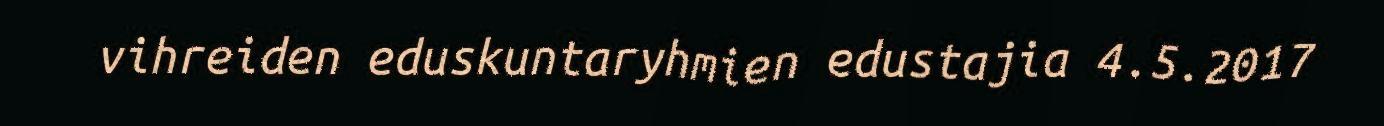
vihreiden eduskuntaryhmien edustajia 4.5.2017